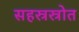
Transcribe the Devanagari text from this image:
सहस्रस्रोत